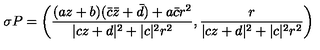
\sigma P = \left( \frac { ( a z + b ) ( \bar { c } \bar { z } + \bar { d } ) + a \bar { c } r ^ { 2 } } { | c z + d | ^ { 2 } + | c | ^ { 2 } r ^ { 2 } } , \frac { r } { | c z + d | ^ { 2 } + | c | ^ { 2 } r ^ { 2 } } \right)